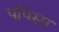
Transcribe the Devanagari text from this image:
पपिस्म